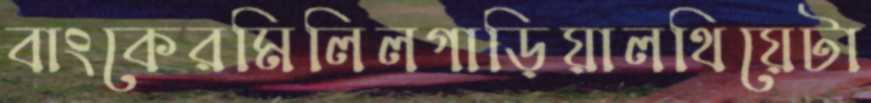
বাংকেরমিলিলগাড়িয়ালথিয়েটা